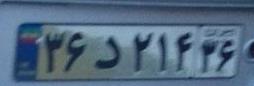
۳۶د۲۱۴۳۶